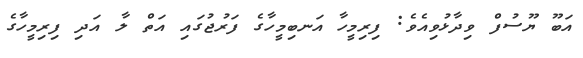
އަބޫ ޔޫސުފް ވިދާޅުވިއެވެ: ފިރިމީހާ އަނބިމީހާގެ ފަރުޖުގައި އަތް ލާ އަދި ފިރިމީހާގެ